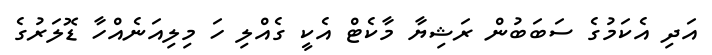
އަދި އެކަމުގެ ސަބަބުން ރަޝިޔާ މާކެޓް އެކީ ގެއްލި ހަ މިލިއަނެއްހާ ޑޮލަރުގެ